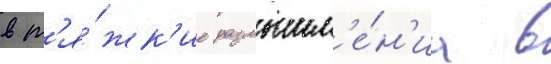
в т'я́жк'ие размышл'е́н'иа в